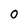
Character: 0